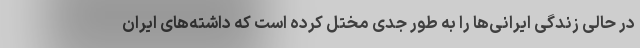
در حالی زندگی ایرانی‌ها را به طور جدی مختل کرده است که داشته‌های ایران